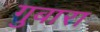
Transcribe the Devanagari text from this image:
गुबारा